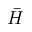
\bar { H }